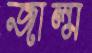
জাল্ম